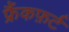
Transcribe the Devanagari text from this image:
फ्रैंकफ़र्ट